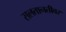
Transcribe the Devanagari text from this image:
सलतानतीवर